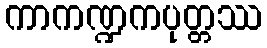
ကာကဏ္ဍကပုတ္တဿ